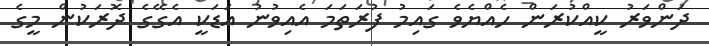
ދަންވަރު ކީއްކުރަން ހެއްޔެވެ ގައިމު ފުރަތަމަ އެއިވުނު އަޑަކީ އެގޭގެ ދޮރަކުން މީގެ